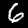
Label: 6